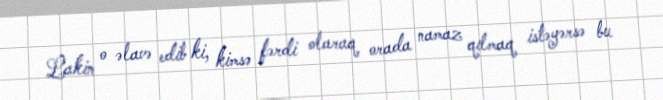
Lakin o əlavə edib ki, kimsə fərdi olaraq orada namaz qılmaq istəyərsə bu